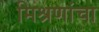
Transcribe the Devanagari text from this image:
मिश्रणांचा